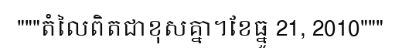
"""តំលៃពិតជាខុសគ្នា។ខែធ្នូ 21, 2010"""